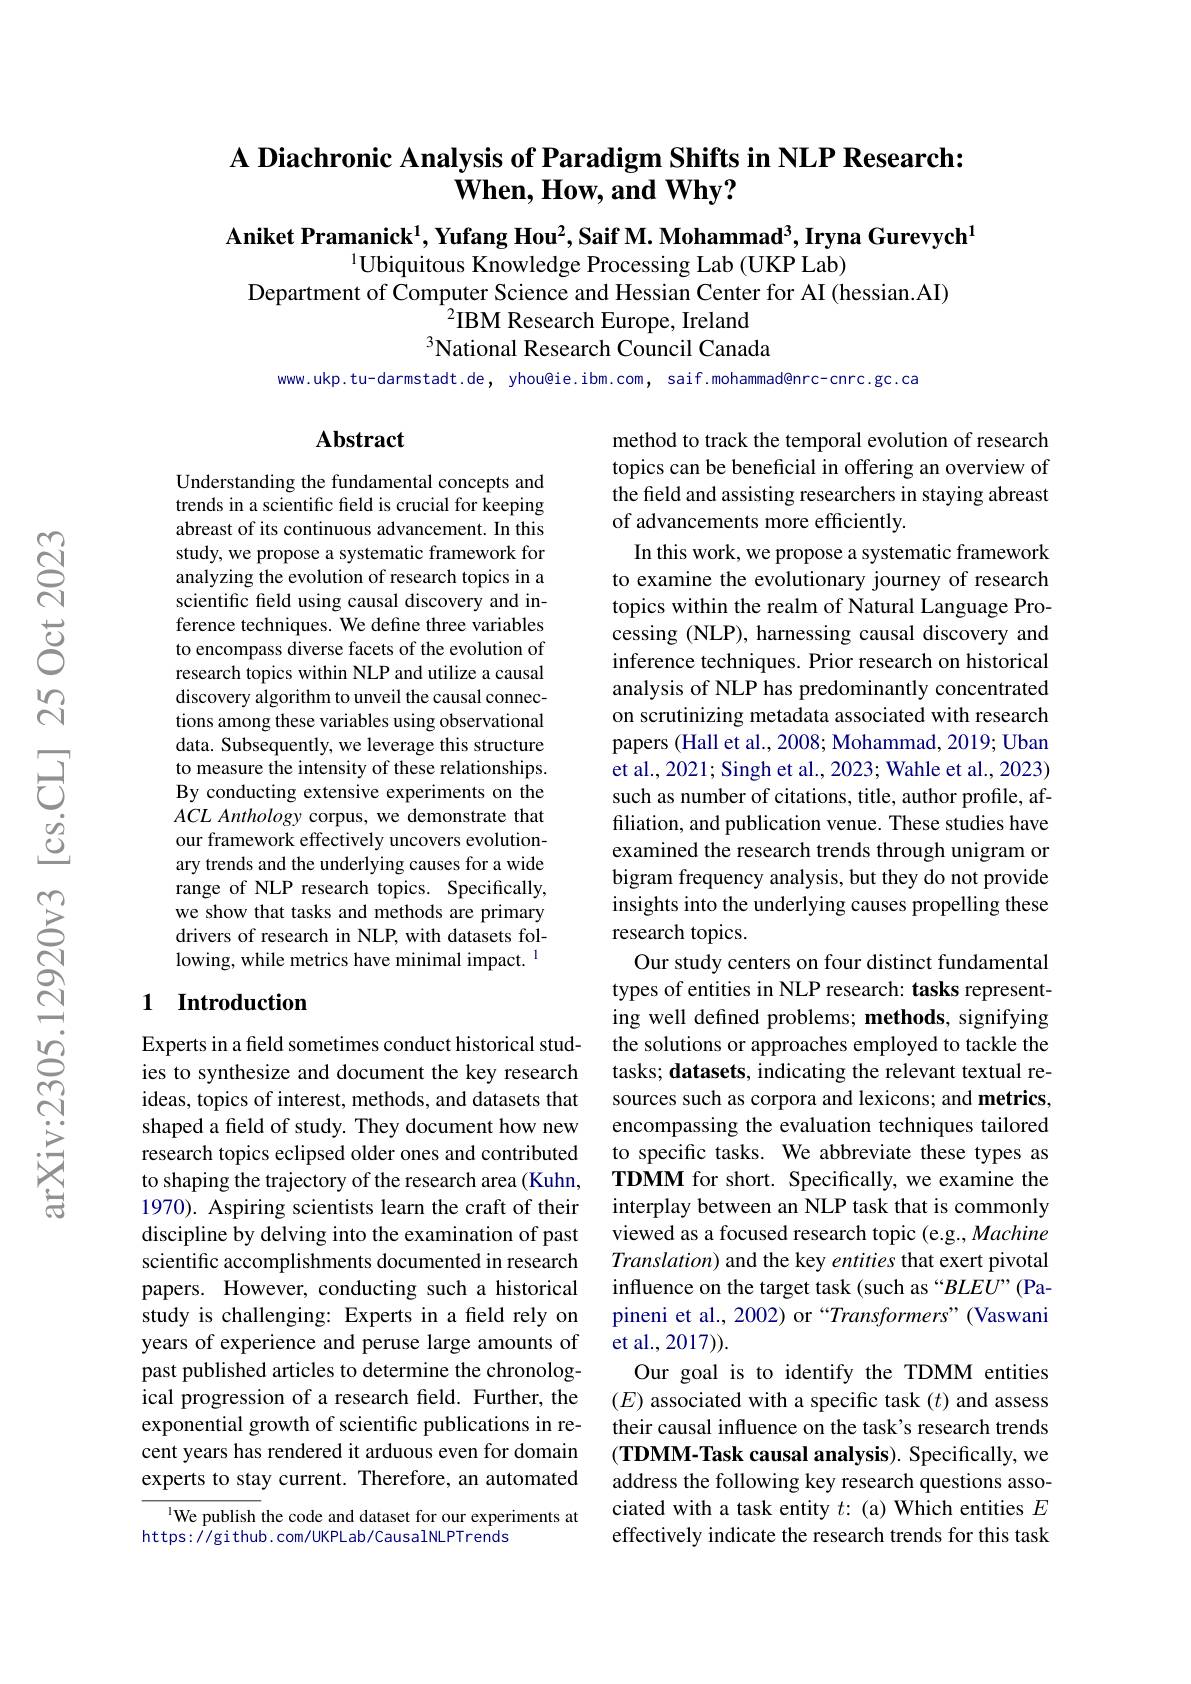
### A Diachronic Analysis of Paradigm Shifts in NLP Research: $\mathbf{When,How,andWhy?}$

Aniket Pramanick$^1,\textbf{Yufang Hou}^2,\textbf{Saif M. Mohammad}^3,\textbf{Iryna Gurevych}^1$
$^{1}$Ubiquitous Knowledge Processing Lab (UKP Lab)
Department of Computer Science and Hessian Center for AI (hessian.AI)
$^{2}$IBM Research Europe, Ireland National Research Council Canada

www.ukp.tu-darmstadt.de, yhou@ie.ibm.com, saif.mohammad@nrc-cnrc.gc.ca

## $\mathbf{Abstract}$

Understanding the fundamental concepts and trends in a scientific field is crucial for keeping abreast of its continuous advancement. In this study, we propose a systematic framework for analyzing the evolution of research topics in a scientific feld using causal discovery and inference techniques. We define three variables to encompass diverse facets of the evolution of research topics within NLP and utilize a causal discovery algorithm to unveil the causal connections among these variables using observational data. Subsequently, we leverage this structure to measure the intensity of these relationships. By conducting extensive experiments on the $ACL\textit{Anthology corpus, we demonstrate that}$ our framework effectively uncovers evolutionary trends and the underlying causes for a wide range of NLP research topics. Specifically, we show that tasks and methods are primary drivers of research in NLP, with datasets following, while metrics have minimal impact. $^{1}$

method to track the temporal evolution of research topics can be beneficial in offering an overview of the field and assisting researchers in staying abreast of advancements more efficiently.
In this work, we propose a systematic framework to examine the evolutionary journey of research topics within the realm of Natural Language Processing (NLP), harnessing causal discovery and inference techniques. Prior research on historical analysis of NLP has predominantly concentrated on scrutinizing metadata associated with research papers (Hall et al., 2008; Mohammad, 2019; Uban et al., 2021; Singh et al., 2023; Wahle et al., 2023) such as number of citations, title, author profile, affiliation, and publication venue. These studies have examined the research trends through unigram or bigram frequency analysis, but they do not provide insights into the underlying causes propelling these research topics.
Our study centers on four distinct fundamental types of entities in NLP research: tasks representing well defined problems; methods, signifying the solutions or approaches employed to tackle the tasks; datasets, indicating the relevant textual resources such as corpora and lexicons; and metrics encompassing the evaluation techniques tailored to specific tasks. We abbreviate these types as TDMM for short. Specifically, we examine the interplay between an NLP task that is commonly viewed as a focused research topic (e.g., Machine Translation) and the key entities that exert pivotal influence on the target task (such as “BLEU”(Papineni et al., 2002) or “Transformers”(Vaswani et al., 2017)).
Our goal is to identify the TDMM entities $(E)$ associated with a specific task $(t)$ and assess their causal influence on the task's research trends $( \textbf{TDMM- Task causal analysis) . Specifically, we}$ address the following key research questions associated with a task entity $t{:}$ (a) Which entities $E$ effectively indicate the research trends for this task

## 1 Introduction

Experts in a feld sometimes conduct historical studies to synthesize and document the key research ideas, topics of interest, methods, and datasets that shaped a field of study. They document how new research topics eclipsed older ones and contributed to shaping the trajectory of the research area (Kuhn, 1970). Aspiring scientists learn the craft of their discipline by delving into the examination of past scientific accomplishments documented in research papers. However, conducting such a historical study is challenging: Experts in a feld rely on years of experience and peruse large amounts of past published articles to determine the chronological progression of a research feld. Further, the exponential growth of scientific publications in recent years has rendered it arduous even for domain experts to stay current. Therefore, an automated

$^{\text{1}}$We publish the code and dataset for our experiments at
https: / / gi thub. com/ UKPL ab/ Causal NL PT rends